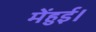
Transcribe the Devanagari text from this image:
मेंहुई।